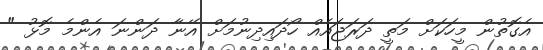
އެގޮތުން މީހަކަށް މަތީ ދަރަޖައެއް ހޯދައިދިނުމަށް އޭނާ ދަންނަ އެންމެ މޮޅު "